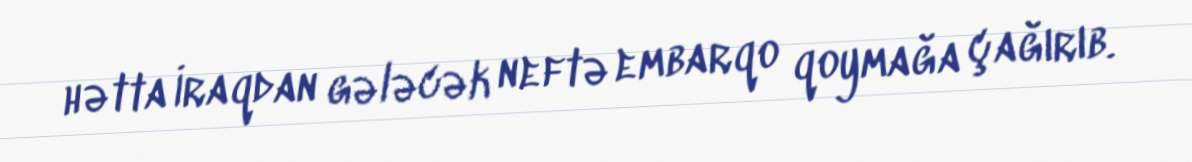
hətta İraqdan gələcək neftə embarqo qoymağa çağırıb.